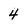
Character: 4